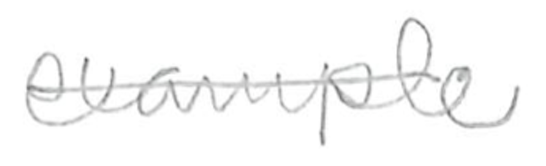
Text: example
Cross-out: single-line
Writing tool: pencil